Civil Veterinary Department Bengal reports 1933-51 - 1933-1951
Year: 1933
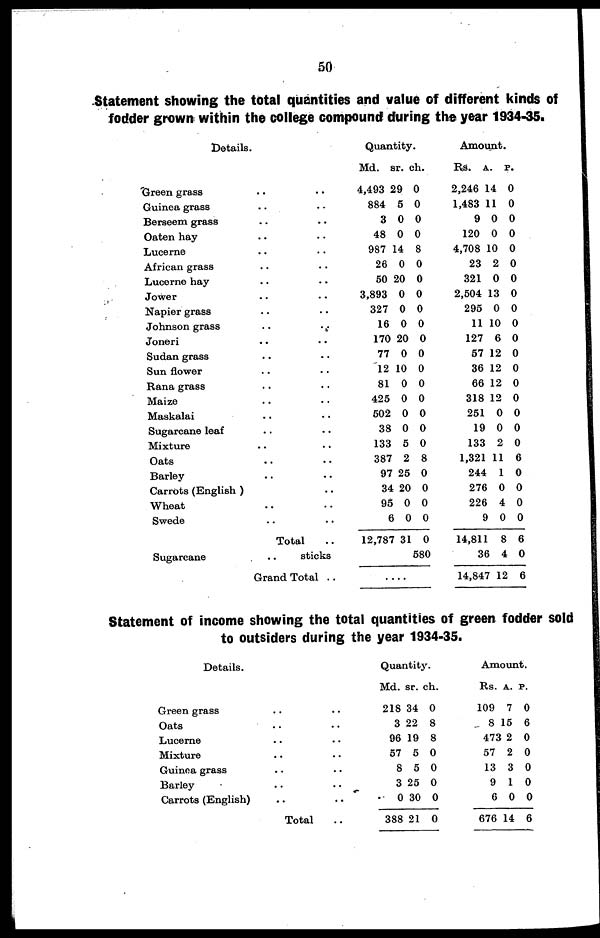
50
Statement showing the total quantities and value of different kinds of
fodder grown within the college compound during the year 1934-35.
Details.
Green grass .. ..
Guinea grass .. ..
Berseem grass .. ..
Oaten hay .. ..
Lucerne .. ..
African grass .. ..
Lucerne hay .. ..
Jower .. ..
Napier grass .. ..
Johnson grass
..
..
Joneri .. ..
Sudan grass .. ..
Sun flower .. ..
Rana grass .. ..
Maize .. ..
Maskalai .. ..
Sugarcane leaf .. ..
Mixture .. ..
Oats .. ..
Barley .. ..
Carrots (English ) ..
Wheat .. ..
Swede .. ..
Total ..
Sugarcane
..
sticks
Grand Total . .
Quantity.
Md. sr. ch.
4,493 29 0
884 5 0
3 0 0
48 0 0
987 14 8
26 0 0
50 20 0
3,893 0 0
327 0 0
16 0 0
170 20 0
77 0 0
12 10 0
81 0 0
425 0 0
502 0 0
38 0 0
133 5 0
387 2 8
97 25 0
34 20 0
95 0 0
6 0 0
12,787 31 0
580
....
Amount.
Rs. A. P.
2,246 14 0
1,483 11 0
9 0 0
120 0 0
4,708 10 0
23 2 0
321 0 0
2,504 13 0
295 0 0
11 10 0
127 6 0
57 12 0
36 12 0
66 12 0
318 12 0
251 0 0
19 0 0
133 2 0
1,321 11 6
244 1 0
276 0 0
226 4 0
9 0 0
14,811 8 6
36 4 0
14,847 12 6
Statement of income showing the total quantities of green fodder sold
to outsiders during the year 1934-35.
Details.
Green grass
Oats
Lucerne
Mixture
Guinea grass .. ..
Barley
Carrots (English)
Total
Quantity.
Md. sr. ch.
218 34 0
3 22 8
96 19 8
57 5 0
8 5 0
3 25 0
0 30 0
388 21 0
Amount.
Rs. A. P.
109 7 0
8 15 6
473 2 0
57 2 0
13 3 0
9 1 0
6 0 0
676 14 6